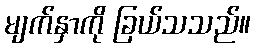
မျက်နှာကို ခြယ်သသည်။